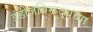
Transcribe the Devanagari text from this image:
इंडीजविरूद्धच्या